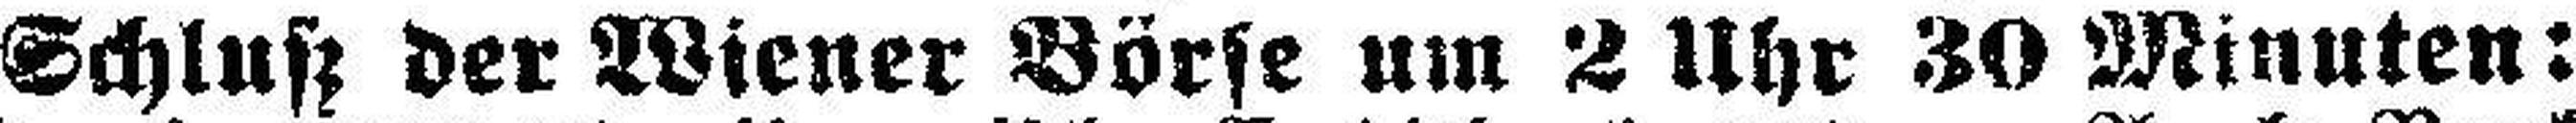
Schluß der Wiener Börse um 2 Uhr 30 Minuten: